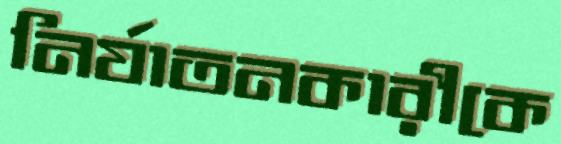
নির্যাতনকারীকে